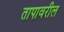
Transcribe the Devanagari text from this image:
तापावरील